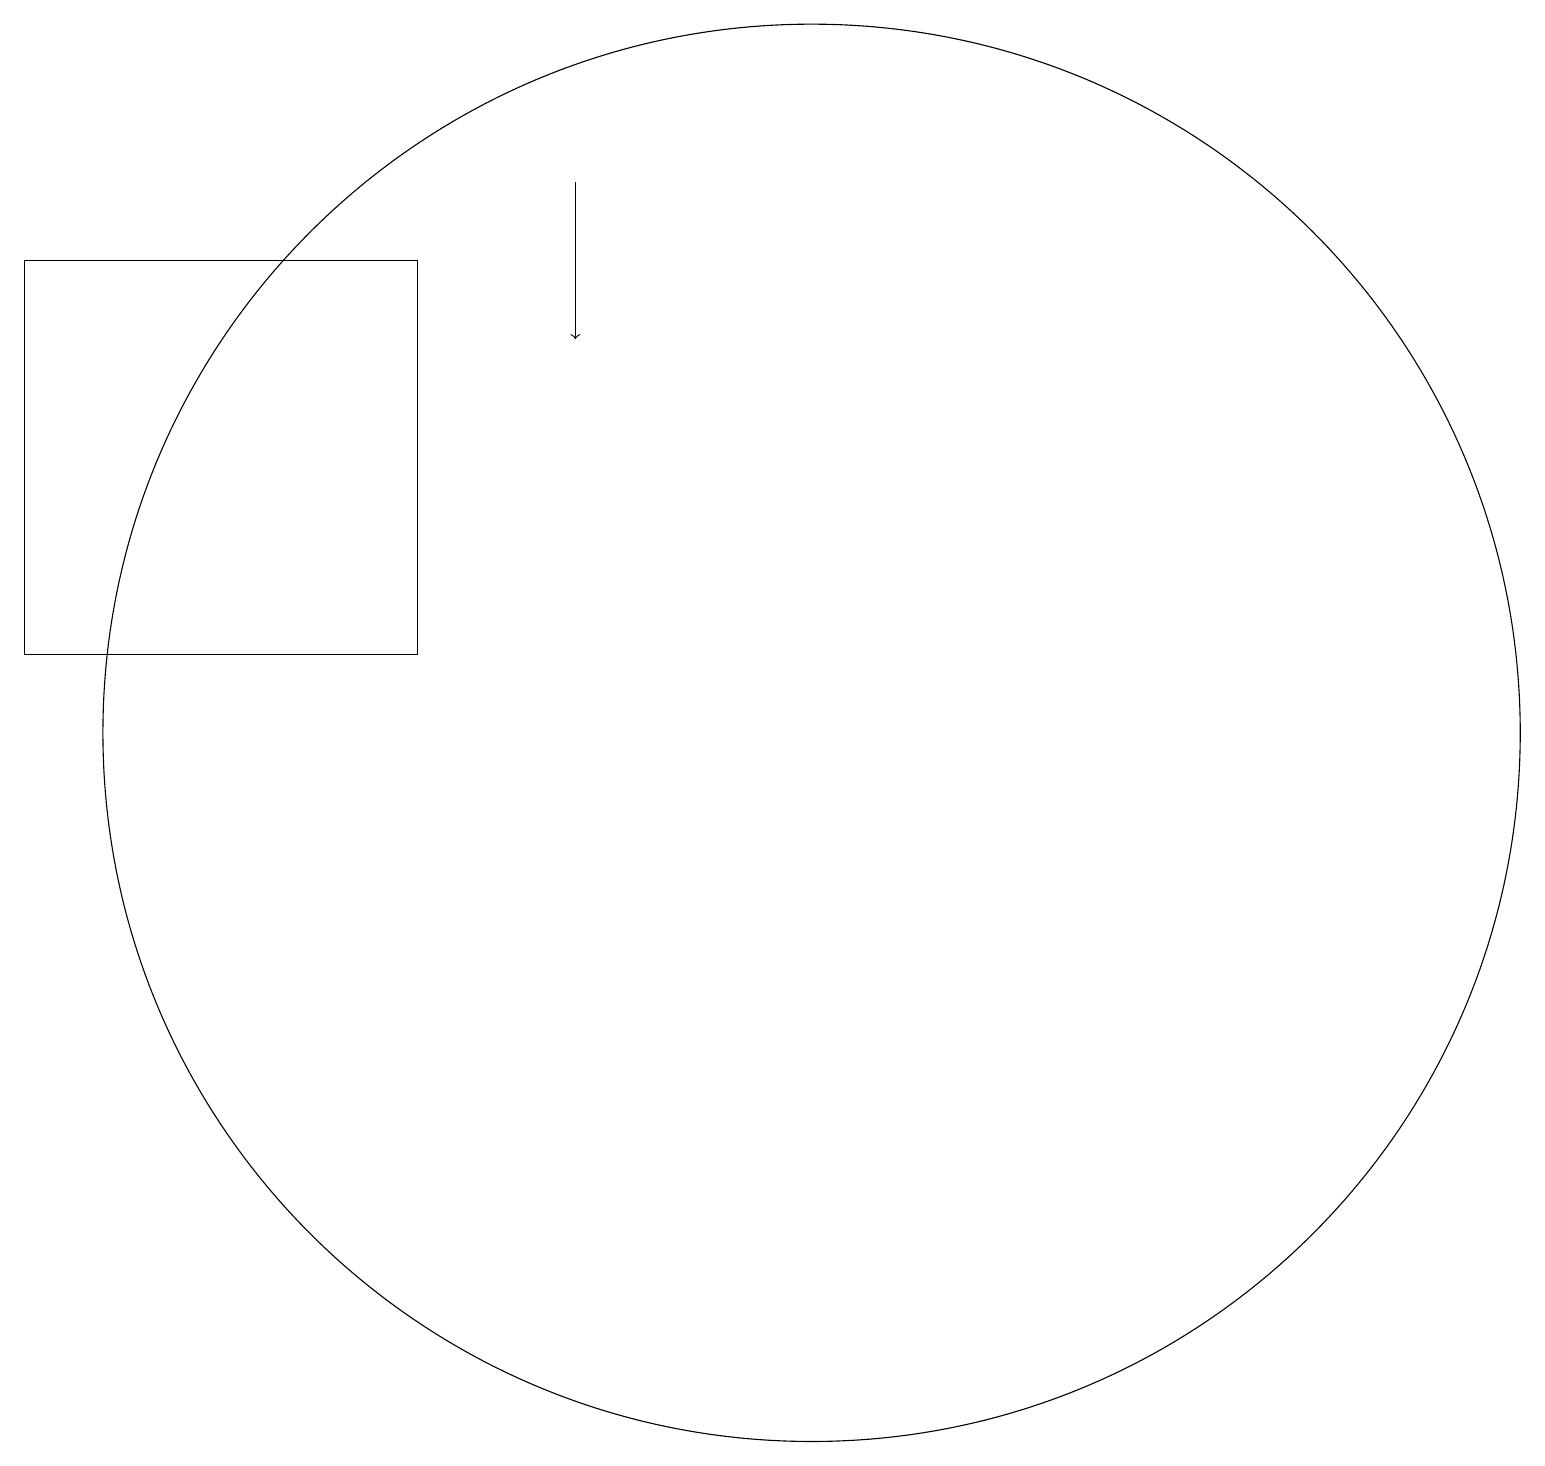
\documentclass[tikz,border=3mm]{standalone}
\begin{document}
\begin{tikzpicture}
\draw[->] (9,18) -- (9,16);
\draw (2,12) rectangle (7,17);
\draw (12,11) circle (9);
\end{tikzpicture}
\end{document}